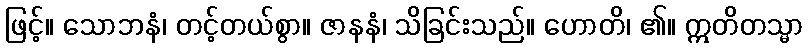
ဖြင့်။ သောဘနံ၊ တင့်တယ်စွာ။ ဇာနနံ၊ သိခြင်းသည်။ ဟောတိ၊ ၏။ ဣတိတသ္မာ